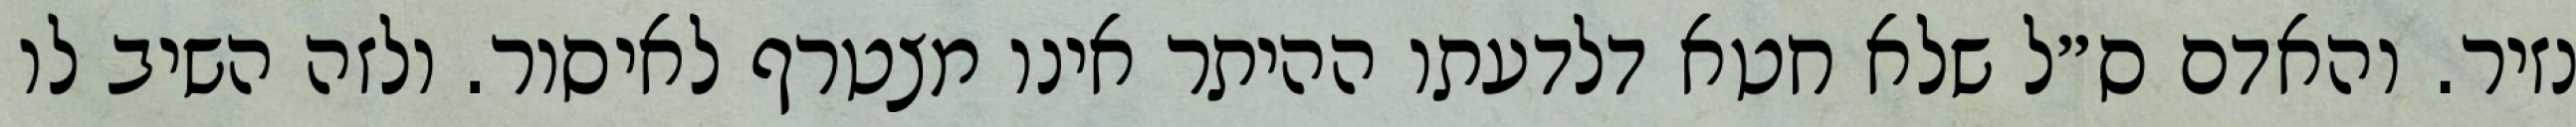
נזיר. והאדם ס״ל שלא חטא דלדעתו ההיתר אינו מצטרף לאיסור. ולזה השיב לו